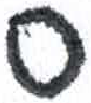
אות: ס